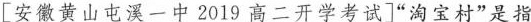
[安徽黄山屯溪一中2019高二开学考试]”淘宝村”是指